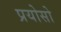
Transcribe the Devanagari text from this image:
प्रयोसो